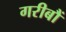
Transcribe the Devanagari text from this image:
गरीबौं